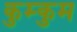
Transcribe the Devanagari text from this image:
कुम्कुम